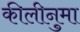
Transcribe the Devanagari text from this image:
कीलीनुमा